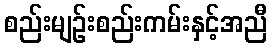
စည်းမျဉ်းစည်းကမ်းနှင့်အညီ